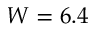
W = 6 . 4